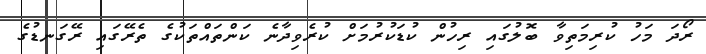
ރޯދަ މަހު ކުރިމަތިވާ ބޮލުގައި ރިހުން ކުޑަކުރުމަށް ކުރެވިދާނެ ކަންތައްތަކުގެ ތެރޭގައި ރޭގަނޑުގެ